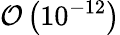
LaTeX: \mathcal{O}\left(10^{-12}\right)